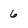
Character: 6